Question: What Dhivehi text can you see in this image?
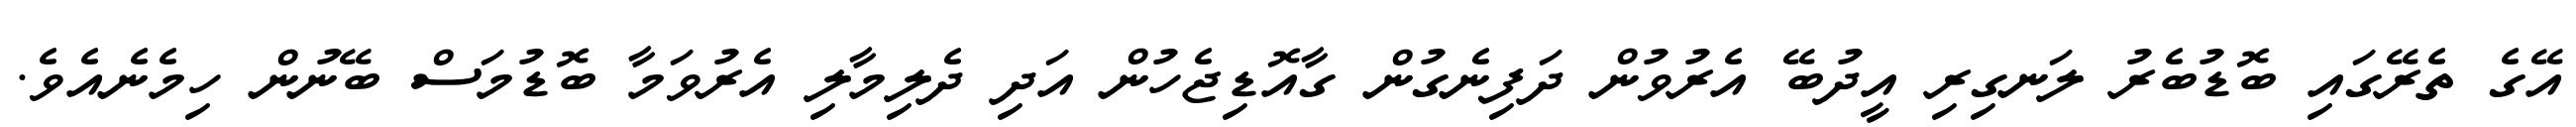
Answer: އޭގެ ތެރޭގައި ބޮޑުބެރު ލަނގިރި އީދުބޭ އެރުވުން ދަފިނެގުން ގާއޮޑިޖެހުން އަދި ދެލިމާލި އެރުވަމާ ބޮޑުމަސް ބޭނުން ހިމެނެއެވެ.